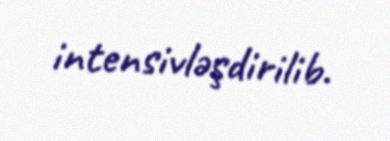
intensivləşdirilib.